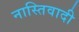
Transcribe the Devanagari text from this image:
नास्तिवादी